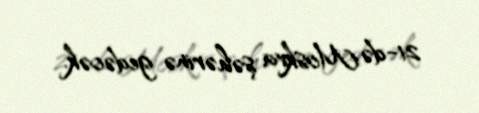
21-də Moskva şəhərinə gedəcək.